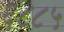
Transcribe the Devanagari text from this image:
६८८५